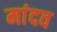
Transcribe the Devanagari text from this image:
मांदव